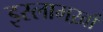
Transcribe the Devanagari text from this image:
इस्लामख़ाँ